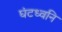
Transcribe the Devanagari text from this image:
घंटध्वनि